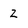
Character: 2